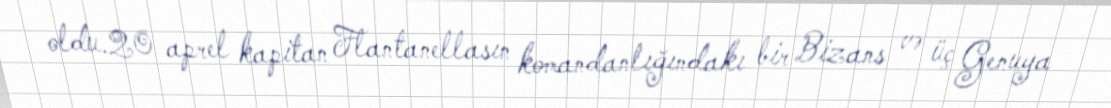
oldu.20 aprel kapitan Flantanellasın komandanlığındakı bir Bizans və üç Genuya